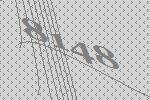
8148